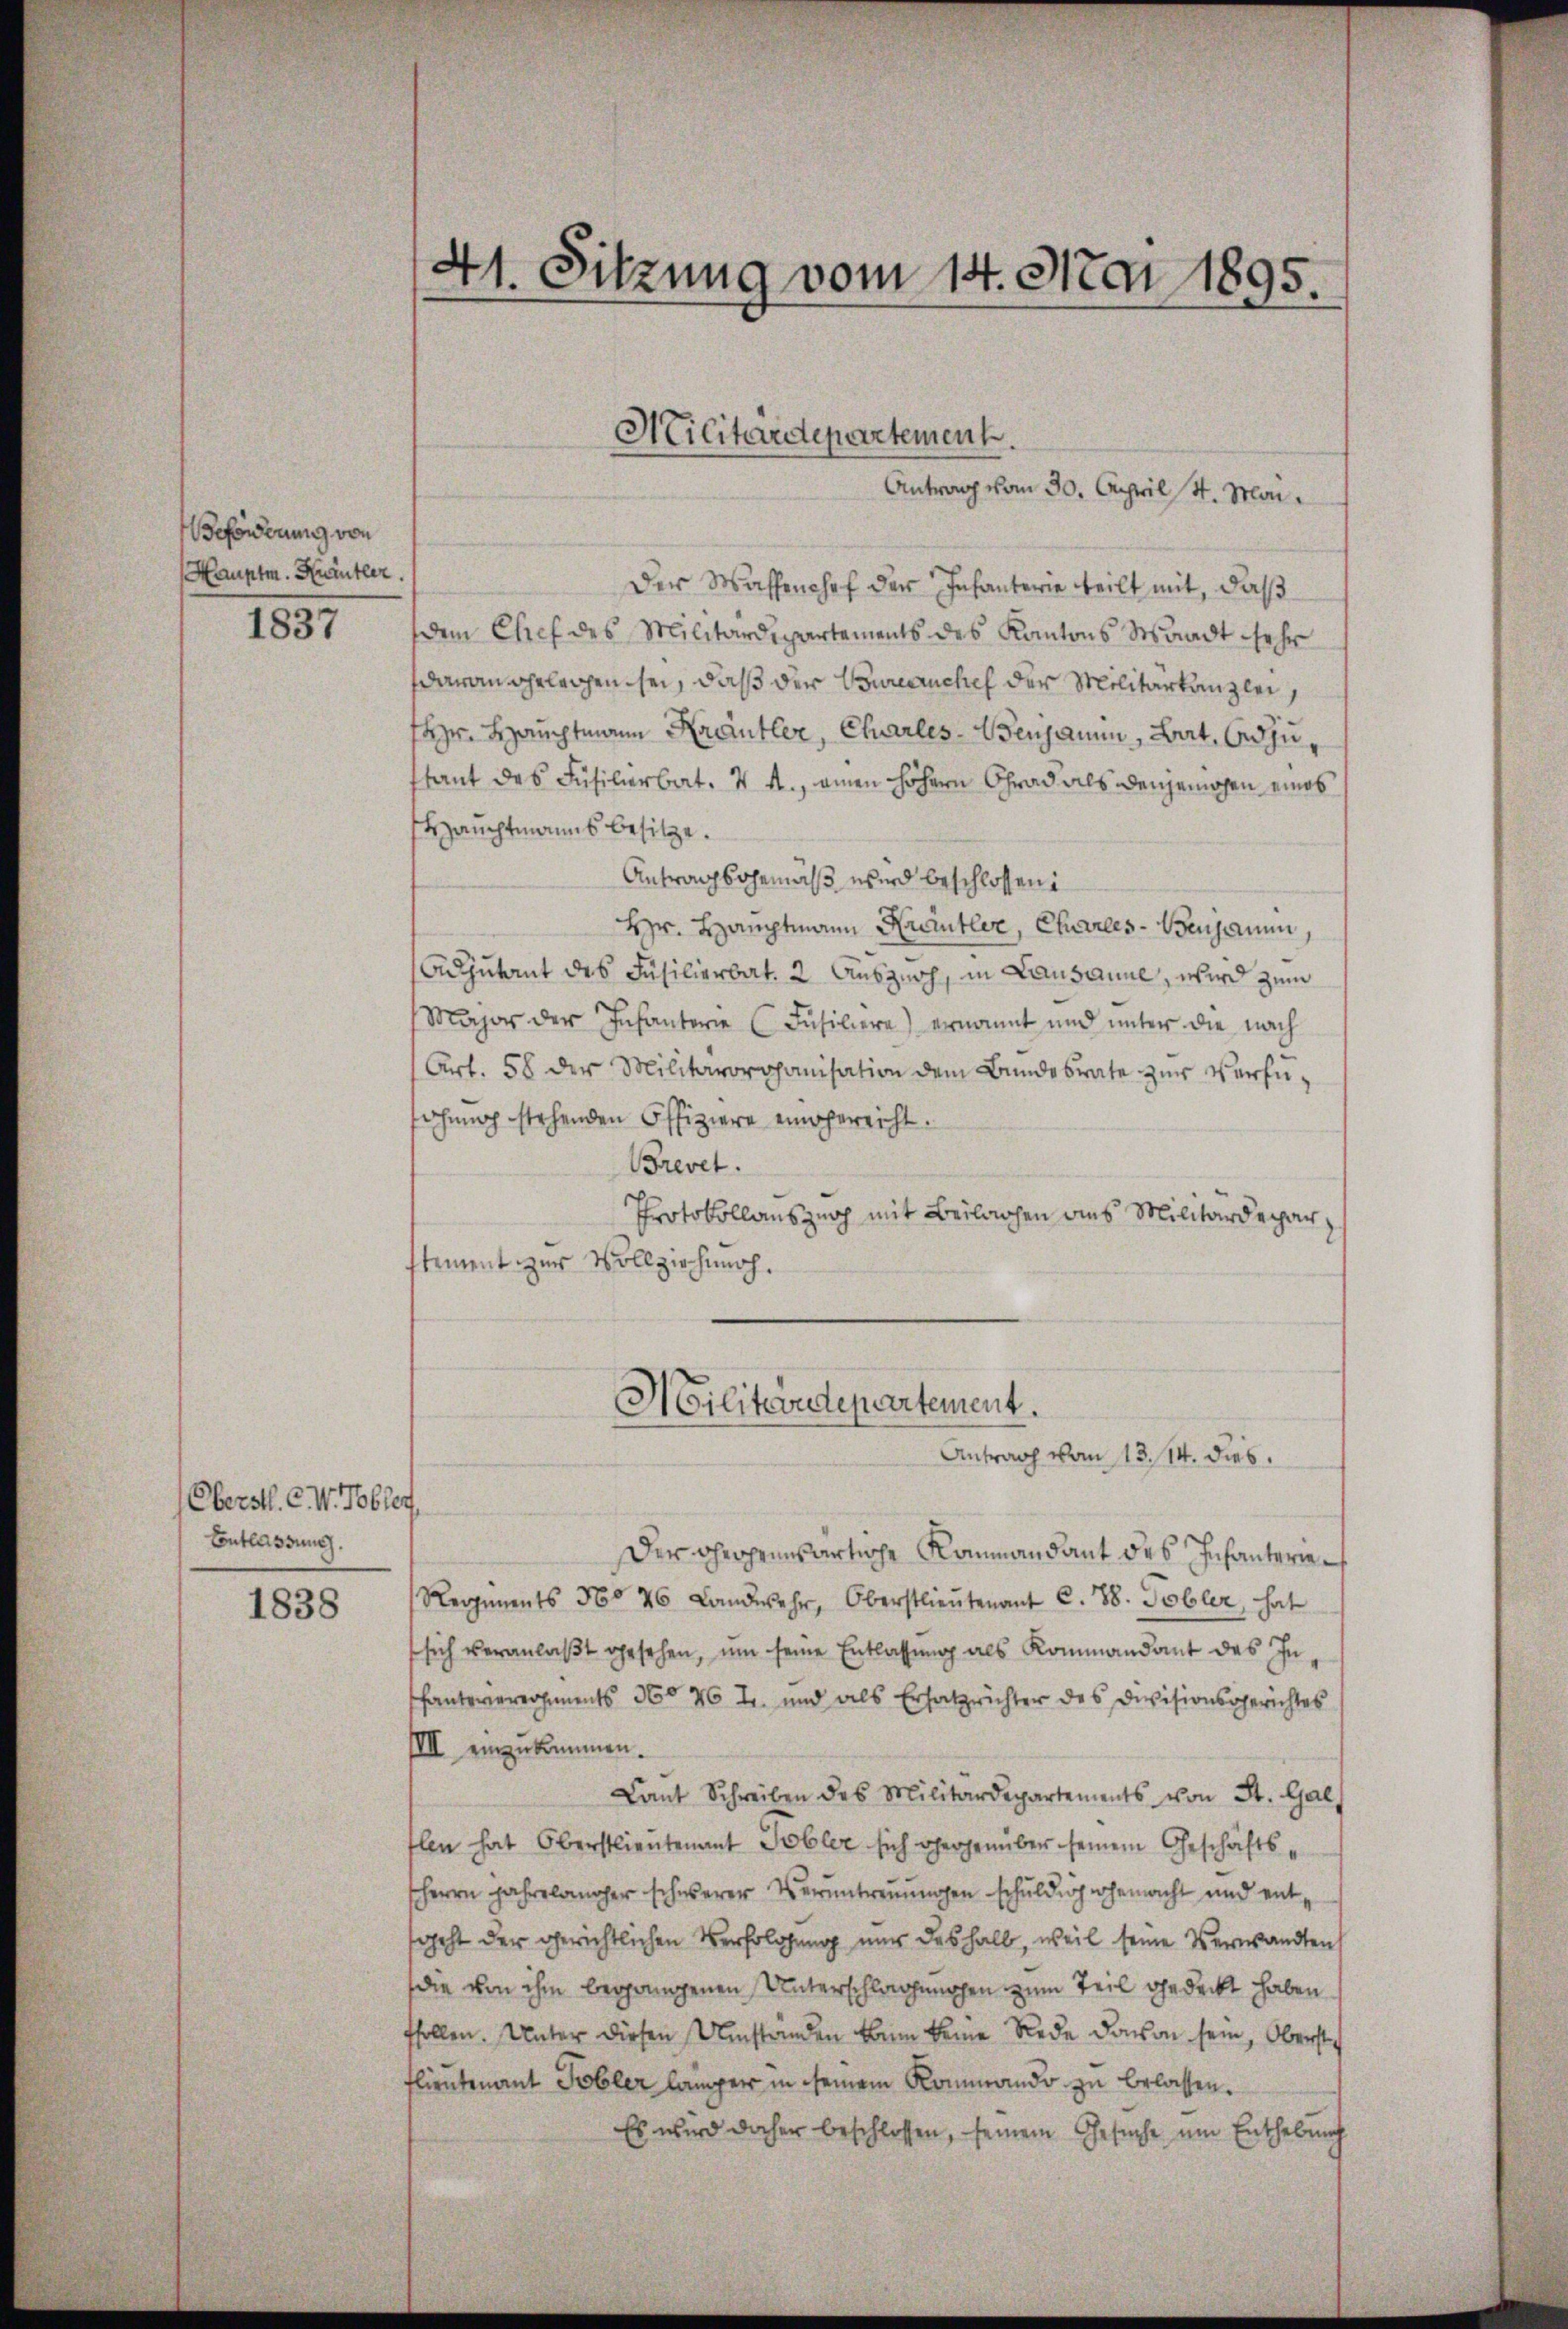
Beforderung von
Hauptm. Krautler.

1837

Oberstl. C. W. Tobler,
Entlassung.

1838

41. Sitzung vom 14. Mai 1895.

Militärdepartement.

Antrag vom 30. April St. Mai.
Der Wassenshof der Infanterie teilt mit, daß
dem Chef des Militärdepartements des Kantons Waadt sehr
daran geleichen sei, daß der Bureauchef der Militarkanzlei,
Hr. Hauptmann Krautler, Charles-Wenjamin, Bat. Adju
stant des Füsilerbat. v. M., einen höhern Grad als dergemachen eines
Hauchtmanns besitze.
Antragsgemäß wird beschlossen:
Hr. Hauptmann Krautler, Charles-Benjaum,
Adjutant des Füsilierbat. 2. Auszusch, in Lausanne, wird zum
Major der Infanterie (Füsiliere) ernannt und unter die nach
Art. 58 der Militärorganisation dem Bundesrate zur Verfüsöhnung stehenden Offiziere eingerecht.
Brevet.
Protokollauszug mit Beilagen aus Militärdepar
stement zur Vollziehung.
Hilitendepartement.
Antrag vom 13. 14. dies
Der ohegenwärtige Kommandant des Infanterie¬
Regiments No 46 Landwehr, Oberstlieutenant C. 88. Tobler, hat
sich veranlaβt gesehen, um seine Entlassŭng als Kommandant des Inhanterierersements No 46 u. und als Ersatzrichter des Divisionsgerichtes
IIII einzukommen.
Lant Schreiben des Militärdepartements von St. Gal
flen hat Oberstlieutenant Tobler sich gegenüber seinem Geschäftssherrn Jahrelancher schwerer Veruntreuungen schuldig gemacht und entsgeht der gerichtlichen Verfolgung nur deshalb, weil seine Verwandten
die von ihm begangenen Unterschlagungen zum Teil gedeckt haben
fsollen. Unter diesen Umstanden kann keine Rede davon sein, Oberste
flieutenant Tobler länger in seinem Kommando zu belassen.
Es wird daher beschlossen, seinem Gesuche um Enthebung